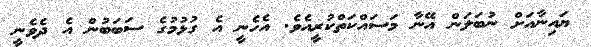
ޔައިނާއަށް ނުބަލަން އޭނާ މަސައްކަތްކުރީއެވެ. އެހެނީ އެ ގުޅުމުގެ ސަބަބުން އެ ދެވެނީ